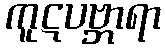
ကူဋပဗ္ဘာရာ